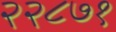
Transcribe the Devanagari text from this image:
२२८७१